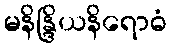
မနိန္ဒြိယနိရောဓံ